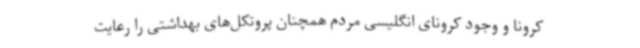
کرونا و وجود کرونای انگلیسی مردم همچنان پروتکل‌های بهداشتی را رعایت